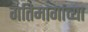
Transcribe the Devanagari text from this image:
गतिमार्गाच्या